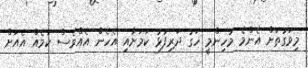
މިވަގުތަށް އެންމެ މުހިންމީ ހަގު ދަރިފުޅު ކަމަށާއި އެހެން އެއްވެސް ކަމެއް އެއަށް